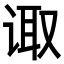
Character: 诹